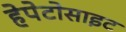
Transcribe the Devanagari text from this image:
हेपेटोसाइट